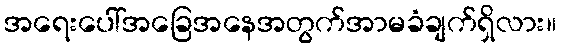
အရေးပေါ်အခြေအနေအတွက်အာမခံချက်ရှိလား။